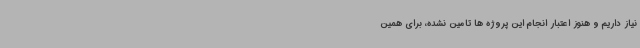
نیاز داریم و هنوز اعتبار انجام این پروژه ها تامین نشده، برای همین